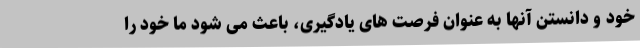
خود و دانستن آنها به عنوان فرصت های یادگیری، باعث می شود ما خود را